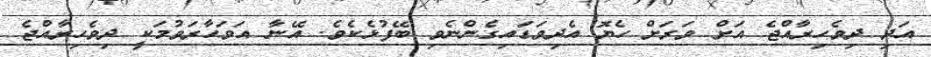
އަދި ދިވެހިރާއްޖެ އަށް ވަރަށް ހެޔޮ އެދިވަޑައިގެންނެވި ބޭފުޅެކެވެ. އޭނާ އަވަހާރަވުމަކީ ދިވެހިރާއްޖެ